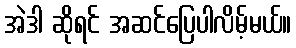
အဲဒါ ဆိုရင် အဆင်ပြေပါလိမ့်မယ်။